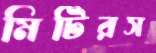
মিটিরস